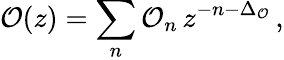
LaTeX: \mathcal{O}(z)=\sum_{n}\mathcal{O}_{n}\, z^{-n-\Delta_{\mathcal{O}}}\, ,